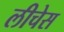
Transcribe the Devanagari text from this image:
लीचेस